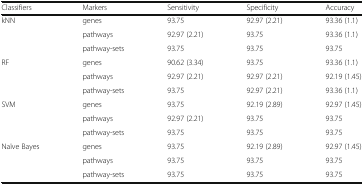
| Classifiers | Markers | Sensitivity | Specificity | Accuracy |
 | --- | --- | --- | --- | --- |
 | <ROWSPAN=3> kNN | genes | 93.75 | 92.97 (2.21) | 93.36 (1.1) |
 | pathways | 92.97 (2.21) | 93.75 | 93.36 (1.1) |
 | pathway-sets | 93.75 | 93.75 | 93.75 |
 | <ROWSPAN=3> RF | genes | 90.62 (3.34) | 93.75 | 93.36 (1.1) |
 | pathways | 92.97 (2.21) | 92.97 (2.21) | 92.19 (1.45) |
 | pathway-sets | 93.75 | 92.97 (2.21) | 93.36 (1.1) |
 | <ROWSPAN=3> SVM | genes | 93.75 | 92.19 (2.89) | 92.97 (1.45) |
 | pathways | 92.97 (2.21) | 93.75 | 93.75 |
 | pathway-sets | 93.75 | 93.75 | 93.75 |
 | <ROWSPAN=3> Naïve Bayes | genes | 93.75 | 92.19 (2.89) | 92.97 (1.45) |
 | pathways | 93.75 | 93.75 | 93.75 |
 | pathway-sets | 93.75 | 93.75 | 93.75 |